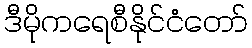
ဒီမိုကရေစီနိုင်ငံတော်